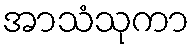
အာသံသုကာ